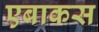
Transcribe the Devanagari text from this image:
एबाकस